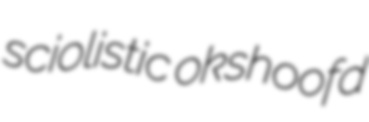
sciolistic okshoofd